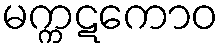
မက္ကဋကောဝ